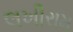
લખીરામ